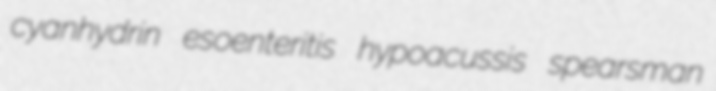
cyanhydrin esoenteritis hypoacussis spearsman